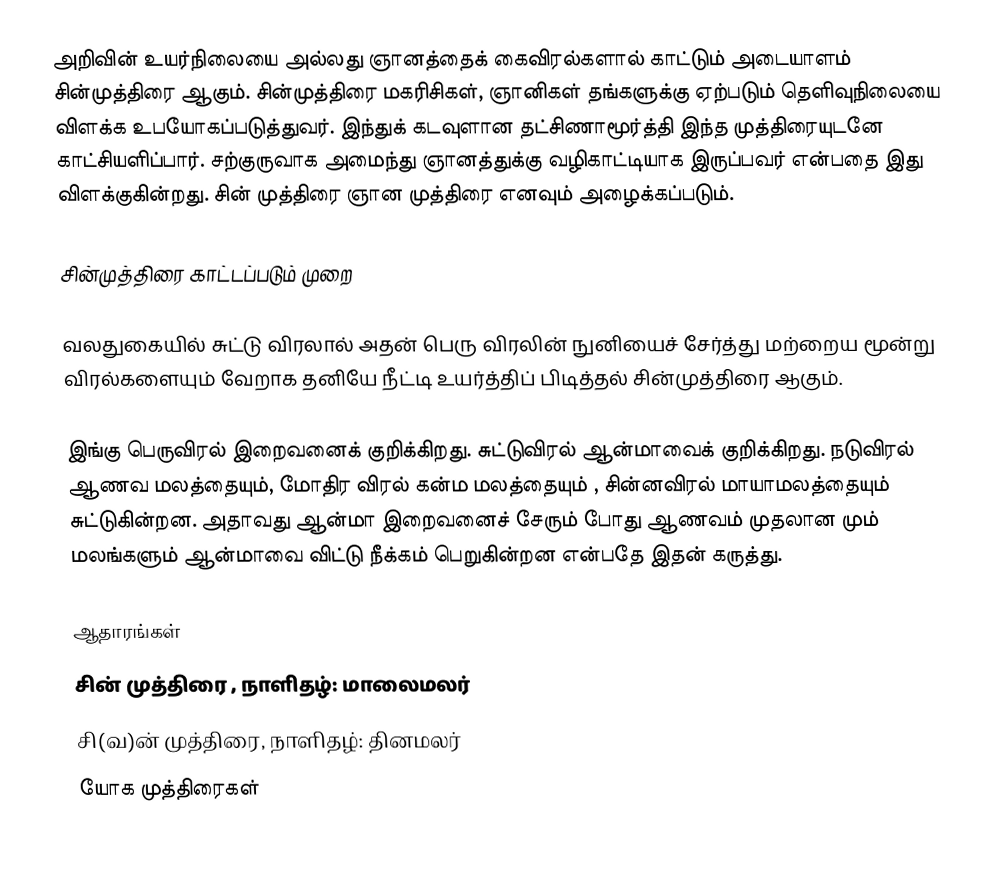
அறிவின் உயர்நிலையை அல்லது ஞானத்தைக் கைவிரல்களால் காட்டும் அடையாளம் சின்முத்திரை ஆகும். சின்முத்திரை மகரிசிகள், ஞானிகள் தங்களுக்கு ஏற்படும் தெளிவுநிலையை விளக்க உபயோகப்படுத்துவர். இந்துக் கடவுளான  தட்சிணாமூர்த்தி இந்த முத்திரையுடனே காட்சியளிப்பார். சற்குருவாக அமைந்து ஞானத்துக்கு வழிகாட்டியாக இருப்பவர் என்பதை இது விளக்குகின்றது. சின் முத்திரை ஞான முத்திரை எனவும் அழைக்கப்படும்.

சின்முத்திரை காட்டப்படும் முறை

வலதுகையில் சுட்டு விரலால் அதன் பெரு விரலின் நுனியைச் சேர்த்து மற்றைய மூன்று விரல்களையும் வேறாக தனியே நீட்டி உயர்த்திப் பிடித்தல் சின்முத்திரை ஆகும்.

இங்கு பெருவிரல் இறைவனைக் குறிக்கிறது. சுட்டுவிரல் ஆன்மாவைக் குறிக்கிறது. நடுவிரல் ஆணவ மலத்தையும், மோதிர விரல் கன்ம மலத்தையும் , சின்னவிரல் மாயாமலத்தையும் சுட்டுகின்றன. அதாவது ஆன்மா இறைவனைச் சேரும் போது ஆணவம் முதலான மும் மலங்களும் ஆன்மாவை விட்டு நீக்கம் பெறுகின்றன என்பதே இதன் கருத்து.

ஆதாரங்கள்
சின் முத்திரை , நாளிதழ்: மாலைமலர்
சி(வ)ன் முத்திரை, நாளிதழ்: தினமலர்
யோக முத்திரைகள்